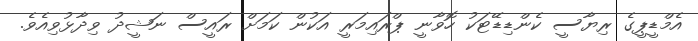
އެމްޑީޕީގެ ރިޔާސީ ކެންޑިޑޭޓަކު ހޮވާނީ ޕްރައިމަރީ އަކުން ކަމަށް ރައީސް ނަޝީދު ވިދާޅުވިއެވެ.